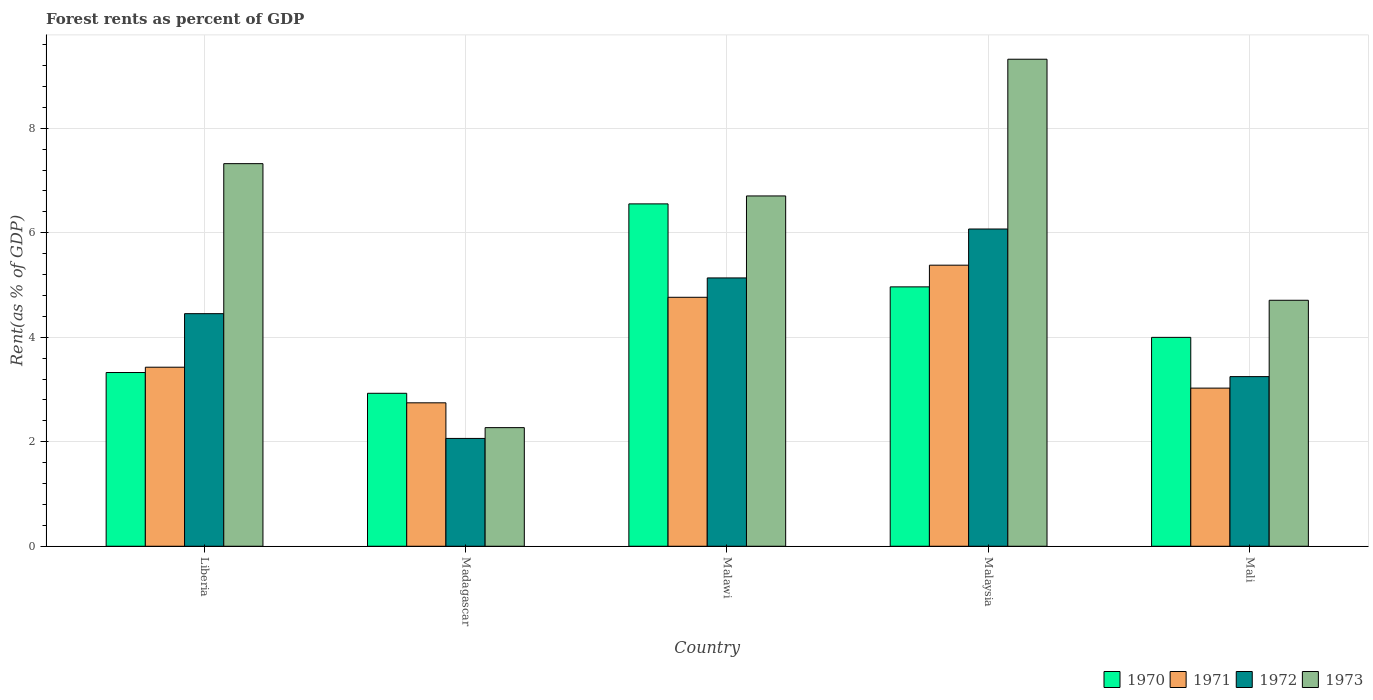
| Country | 1970 | 1971 | 1972 | 1973 |
 | --- | --- | --- | --- | --- |
 | Liberia | 3.33 | 3.43 | 4.45 | 7.32 |
 | Madagascar | 2.93 | 2.75 | 2.06 | 2.27 |
 | Malawi | 6.55 | 4.77 | 5.14 | 6.71 |
 | Malaysia | 4.96 | 5.38 | 6.07 | 9.32 |
 | Mali | 4 | 3.03 | 3.25 | 4.71 |